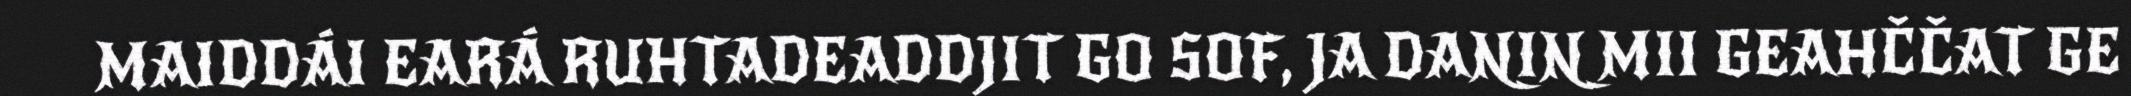
MAIDDÁI EARÁ RUHTADEADDJIT GO SOF, JA DANIN MII GEAHČČAT GE